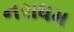
નરાધમ